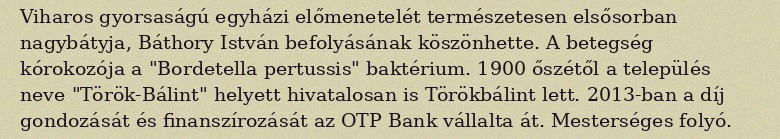
Viharos gyorsaságú egyházi előmenetelét természetesen elsősorban nagybátyja, Báthory István befolyásának köszönhette. A betegség kórokozója a "Bordetella pertussis" baktérium. 1900 őszétől a település neve "Török-Bálint" helyett hivatalosan is Törökbálint lett. 2013-ban a díj gondozását és finanszírozását az OTP Bank vállalta át. Mesterséges folyó.